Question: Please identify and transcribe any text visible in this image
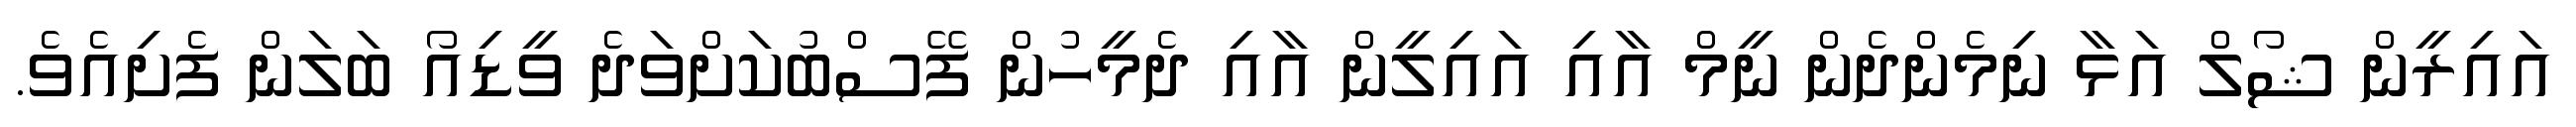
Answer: އައިރީން ޝޯލް އަޅާ ނިމެންދެން ނީމް އާއި އައިލީން އާއި ދެމީހުން ފޭސްބުކަށްވަދެ ވީޑިއޯ ބަލަން ފެށިއެވެ.